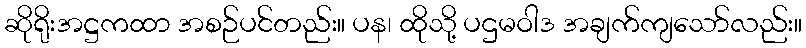
ဆိုရိုးအဋ္ဌကထာ အစဉ်ပင်တည်း။ ပန၊ ထိုသို့ ပဌမဝါဒ အချက်ကျသော်လည်း။